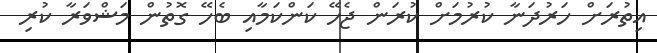
އިތުރަށް ހަރުދަނާ ކުރުމަށް ކުރަން ޖެހޭ ކަންކަމާއި ބެހޭ ގޮތުން މަޝްވަރާ ކުރި